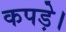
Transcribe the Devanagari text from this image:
कपड़े।